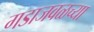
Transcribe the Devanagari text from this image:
गडाजवळच्या